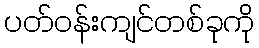
ပတ်ဝန်းကျင်တစ်ခုကို